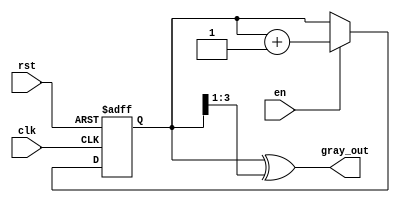
module gray_code_counter (
    input wire clk,        // Clock signal
    input wire rst,        // Active high reset signal
    input wire en,         // Active high enable signal
    output reg [N-1:0] gray_out // Gray code output
);
    parameter N = 4; // You can change this parameter to set the size of the counter

    reg [N-1:0] binary_count; // Internal binary counter

    // Binary counter logic
    always @(posedge clk or posedge rst) begin
        if (rst) begin
            binary_count <= 0; // Reset binary counter to 0
        end else if (en) begin
            binary_count <= binary_count + 1; // Increment binary counter
        end
    end

    // Convert binary counter to Gray code
    always @(binary_count) begin
        gray_out = binary_count ^ (binary_count >> 1); // Gray code conversion
    end

endmodule